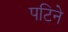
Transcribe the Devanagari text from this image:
पटिने